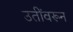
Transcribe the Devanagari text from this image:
उतीँवरून